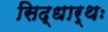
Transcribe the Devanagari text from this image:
सिद्धार्थः